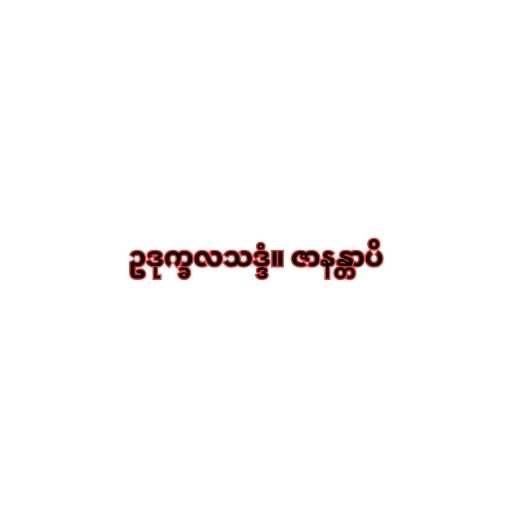
ဥဒုက္ခလသဒ္ဒံ။ ဇာနန္တာပိ